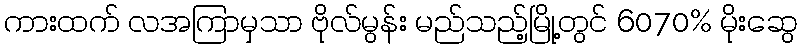
ကားထက် လအကြာမှသာ ဗိုလ်မွန်း မည်သည့်မြို့တွင် 6070% မိုးဆွေ